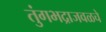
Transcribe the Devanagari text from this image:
तुंगभद्राजवळचे